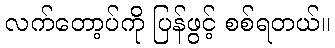
လက်တော့ပ်ကို ပြန်ဖွင့် စစ်ရတယ်။